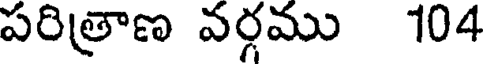
పరిత్రాణ వర్గము 104